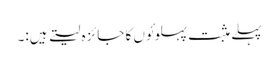
پہلے مثبت پہلوئوں کا جائزہ لیتے ہیں:۔